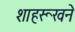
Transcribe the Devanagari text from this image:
शाहरूखने